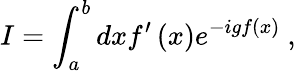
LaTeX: I=\int_{a}^{b}dxf^{\prime}\left(x\right)e^{-igf\left(x\right)}\ ,